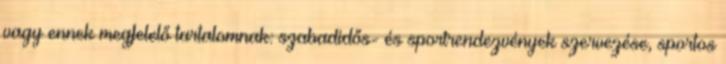
vagy ennek megfelelő tartalomnak: szabadidős- és sportrendezvények szervezése, sportos